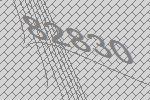
82830